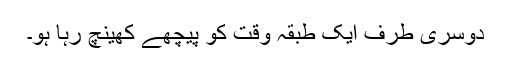
دوسری طرف ایک طبقہ وقت کو پیچھے کھینچ رہا ہو۔